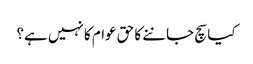
کیا سچ جاننے کا حق عوام کا نہیں ہے؟